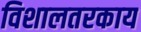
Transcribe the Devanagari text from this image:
विशालतरकाय